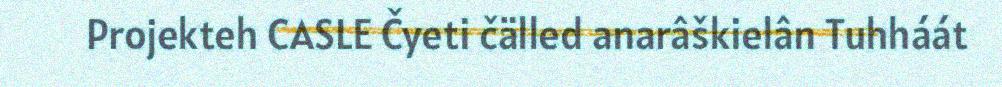
Projekteh CASLE Čyeti čälled anarâškielân Tuhháát